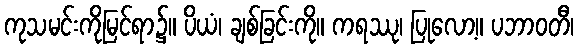
ကုသမင်းကိုမြင်ရာ၌။ ပိယံ၊ ချစ်ခြင်းကို။ ကရဿု၊ ပြုလော့။ ပဘာဝတီ၊